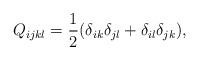
LaTeX: \begin{align*}Q_{ijkl}=\frac{1}{2} ( \delta_{ik}\delta_{jl}+\delta_{il}\delta_{jk}),\end{align*}